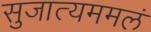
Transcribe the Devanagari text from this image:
सुजात्यममलं